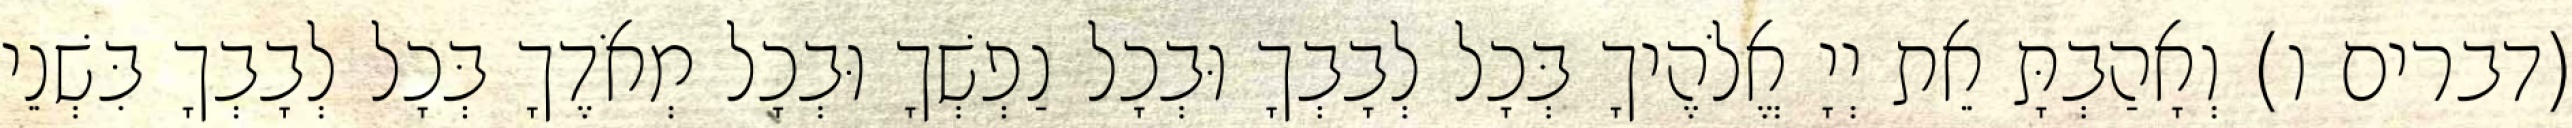
(דברים ו) וְאָהַבְתָּ אֵת יְיָ אֱלֹהֶיךָ בְּכָל לְבָבְךָ וּבְכָל נַפְשְׁךָ וּבְכָל מְאֹדֶךָ בְּכָל לְבָבְךָ בִּשְׁנֵי